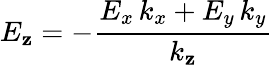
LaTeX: E_{\mathbf{z}}=-\frac{{E_{x}\, k_{x}+E_{y}\, k_{y}}}{{k_{\mathbf{z}}}}